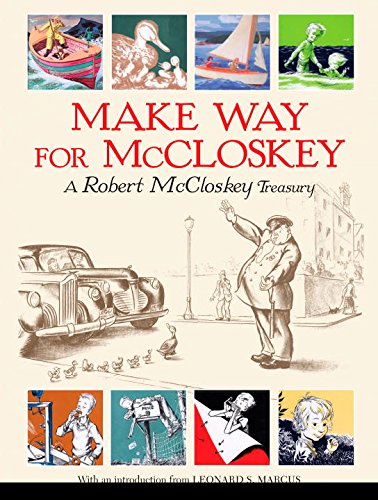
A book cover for Make Way for McCloskey: A Robert McCloskey Treasury; Robert McCloskey; Literature & Fiction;